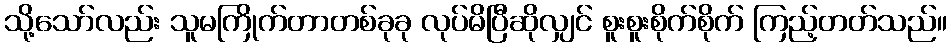
သို့သော်လည်း သူမကြိုက်တာတစ်ခုခု လုပ်မိပြီဆိုလျှင် စူးစူးစိုက်စိုက် ကြည့်တတ်သည်။